Indian journal of veterinary science and animal husbandry - Volumes 15-17, 1948-1951
Year: 1948
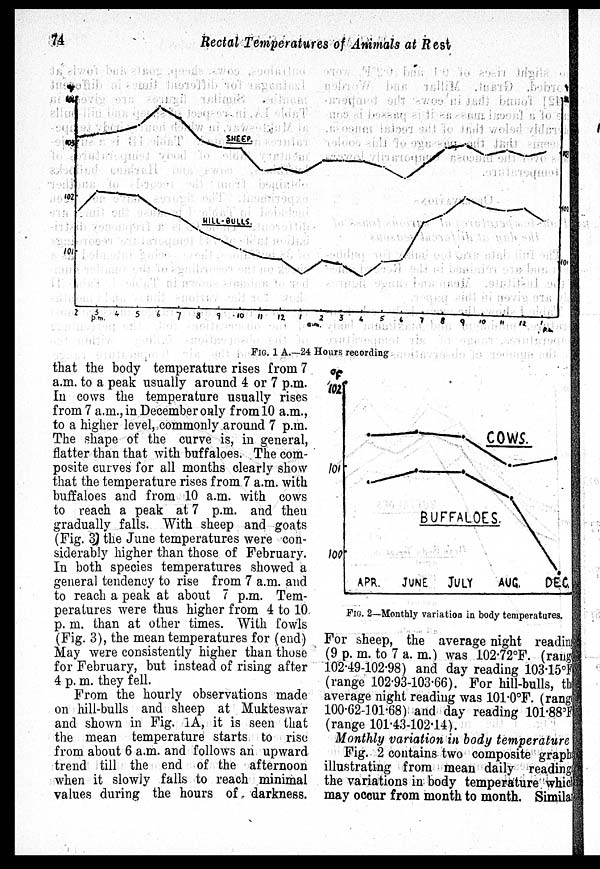
74
Rectal
Temperatures of Animals at Rest
FIG. 1 A.—24 Hours recording
that the body temperature rises from 7
a.m. to a peak usually around 4 or 7 p.m.
In cows the temperature usually rises
from 7 a.m., in December only from 10 a.m.,
to a higher level, commonly around 7 p.m.
The shape of the curve is, in general,
flatter than that with buffaloes. The com-
posite curves for all months clearly show
that the temperature rises from. 7 a.m. with
buffaloes and from 10 a.m. with cows
to reach a peak at 7 p.m. and then
gradually falls. With sheep and goats
(Fig. 3) the June temperatures were con-
siderably higher than those of February.
In both species temperatures showed a
general tendency to rise from 7 a.m. and
to reach a peak at about 7 p.m. Tem-
peratures were thus higher from 4 to 10
p. m. than at other times. With fowls
(Fig. 3), the mean temperatures for (end)
May were consistently higher than those
for February, but instead of rising after
4 p. m. they fell.
From the hourly observations made
on hill-bulls and sheep at Mukteswar
and shown in Fig. 1A, it is seen that
the mean temperature starts to rise
from about 6 a.m. and follows an upward
trend till the end of the afternoon
when it slowly falls to reach minimal
values during the hours of darkness.
FIG. 2—Monthly variation in body temperatures.
For sheep, the average night reading
(9 p. m. to 7 a. m.) was 102.72°F. (range
102.49-102.98) and day reading 103.15°F
(range 102.93-103.66). For hill-bulls, the
average night reading was 101.0°F. (range
100.62-101.68) and day reading 101.88ºF
(range 101.43-102.14).
Monthly variation in body temperature
Fig. 2 contains two composite graphs
illustrating from mean daily readings
the variations in body temperature which
may occur from month to month. Similar